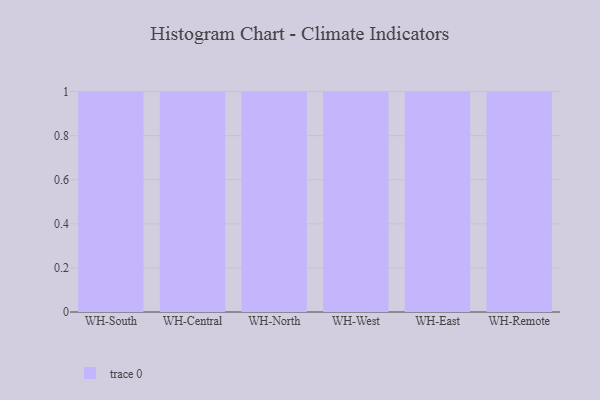
{"axis": {"x": "Warehouse", "y": "Temperature (°C)"}, "legend": [""], "data": [{"x": "WH-South", "y": 23, "type": ""}, {"x": "WH-Central", "y": 73, "type": ""}, {"x": "WH-North", "y": 40, "type": ""}, {"x": "WH-West", "y": 76, "type": ""}, {"x": "WH-East", "y": 24, "type": ""}, {"x": "WH-Remote", "y": 86, "type": ""}]}